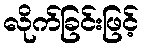
လိုက်ခြင်းဖြင့်